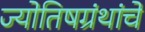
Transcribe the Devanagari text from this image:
ज्योतिषग्रंथांचे